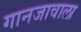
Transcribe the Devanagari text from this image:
गानजावाला